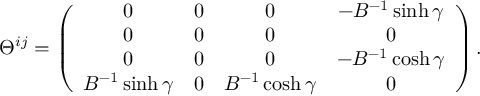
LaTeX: \Theta ^ { i j } = \left( \begin{array} { c c c c } { { 0 } } & { { 0 } } & { { 0 } } & { { - B ^ { - 1 } \sinh \gamma } } \\ { { 0 } } & { { 0 } } & { { 0 } } & { { 0 } } \\ { { 0 } } & { { 0 } } & { { 0 } } & { { - B ^ { - 1 } \cosh \gamma } } \\ { { B ^ { - 1 } \sinh \gamma } } & { { 0 } } & { { B ^ { - 1 } \cosh \gamma } } & { { 0 } } \end{array} \right) .